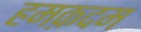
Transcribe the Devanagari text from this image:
हमक़दम